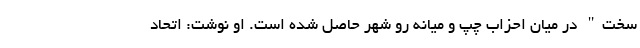
سخت" در میان احزاب چپ و میانه رو شهر حاصل شده است. او نوشت: اتحاد